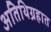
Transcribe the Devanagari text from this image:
अतिथिग्रहात